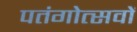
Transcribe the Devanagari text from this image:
पतंगोत्सवों